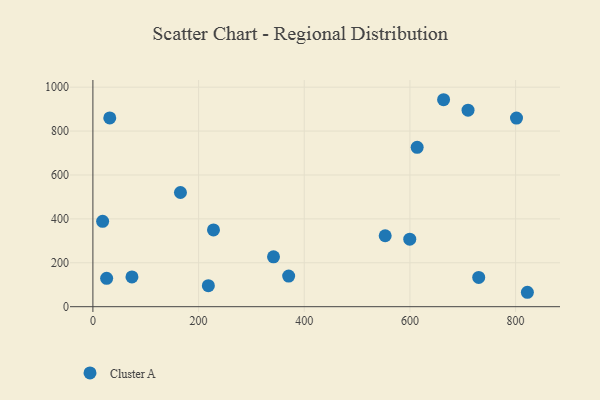
{"axis": {"x": "Ad Spend", "y": "Yield"}, "legend": ["Cluster A"], "data": [{"x": "26.0", "y": 129.3, "type": "Cluster A"}, {"x": "341.8", "y": 227.3, "type": "Cluster A"}, {"x": "218.5", "y": 95.7, "type": "Cluster A"}, {"x": "663.7", "y": 942.8, "type": "Cluster A"}, {"x": "18.4", "y": 389.1, "type": "Cluster A"}, {"x": "370.5", "y": 139.5, "type": "Cluster A"}, {"x": "31.9", "y": 859.8, "type": "Cluster A"}, {"x": "822.3", "y": 65.7, "type": "Cluster A"}, {"x": "228.2", "y": 349.8, "type": "Cluster A"}, {"x": "599.7", "y": 307.8, "type": "Cluster A"}, {"x": "613.7", "y": 725.8, "type": "Cluster A"}, {"x": "730.2", "y": 133.4, "type": "Cluster A"}, {"x": "801.7", "y": 859.0, "type": "Cluster A"}, {"x": "710.0", "y": 895.3, "type": "Cluster A"}, {"x": "165.7", "y": 520.1, "type": "Cluster A"}, {"x": "73.9", "y": 135.6, "type": "Cluster A"}, {"x": "553.2", "y": 323.2, "type": "Cluster A"}]}